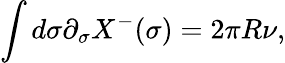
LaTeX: \int d\sigma\partial_{\sigma}X^{-}(\sigma)=2\pi R\nu,